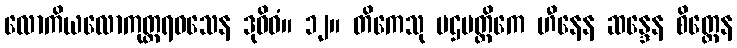
လောကိယလောကုတ္တရဝသေန ဒုဝိဓံ။ ၁၂။ တိကေသု ပဌမတ္တိကေ ဟီနေန ဆန္ဒေန စိတ္တေန